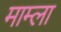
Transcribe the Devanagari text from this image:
माम्ला